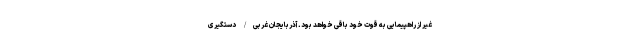
غیر از راهپیمایی به قوت خود باقی خواهد بود. آذربایجان غربی/ دستگیری